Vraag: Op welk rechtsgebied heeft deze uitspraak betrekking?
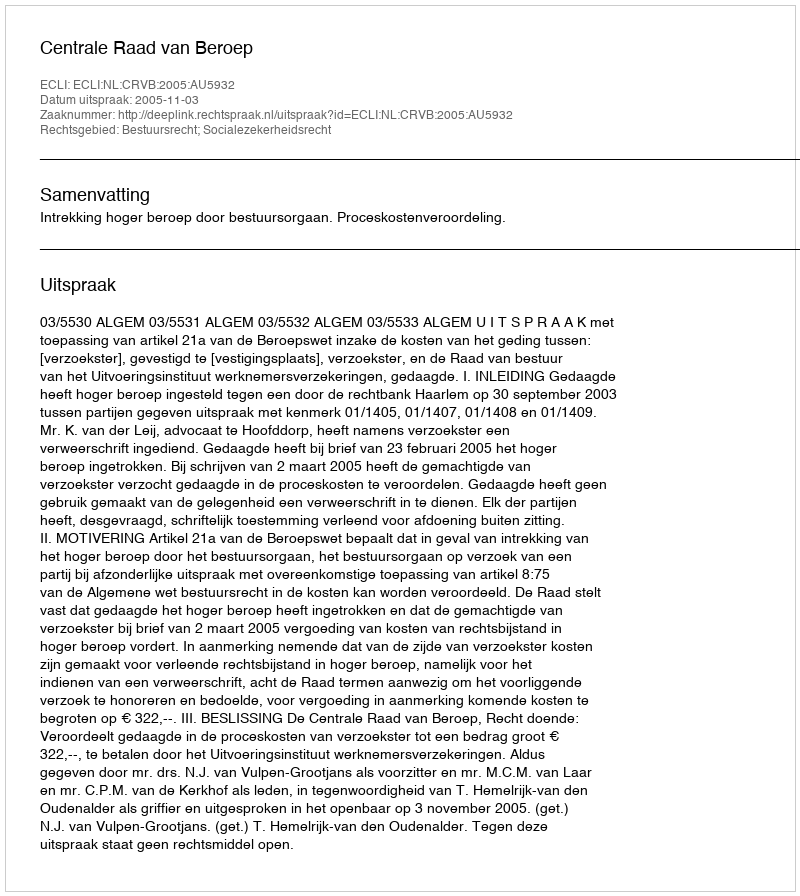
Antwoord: Bestuursrecht; Socialezekerheidsrecht